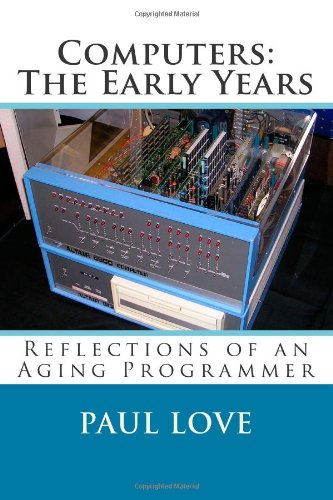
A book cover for Computers: The Early Years: Reflections of an Aging Programmer; Paul E. Love; Computers & Technology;